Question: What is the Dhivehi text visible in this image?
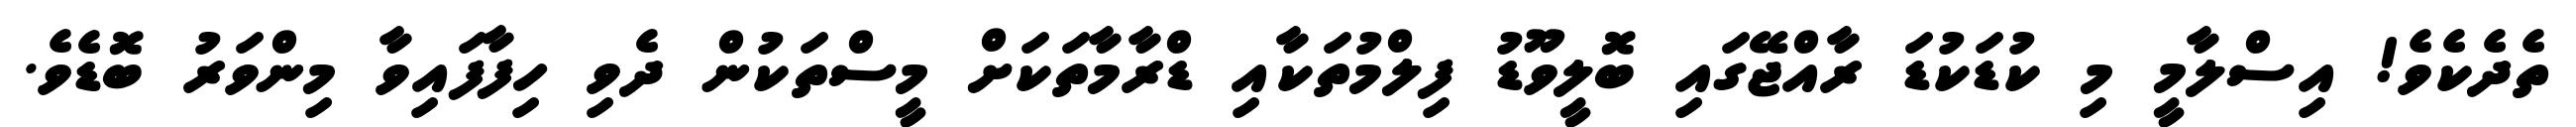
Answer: ތެދެކެވެ! އިސްލާމީ މި ކުޑަކުޑަ ރާއްޖޭގައި ބޮލީވޫޑު ފިލްމުތަކާއި ޑްރާމާތަކަށް މީސްތަކުން ދެވި ހިފާފައިވާ މިންވަރު ބޮޑެވެ.